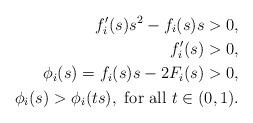
LaTeX: \begin{align*}f_{i}'(s)s^{2}-f_{i}(s)s>0,\\f_{i}'(s)>0,\\\phi_{i}(s)=f_{i}(s)s-2F_{i}(s)>0,\\\phi_{i}(s)>\phi_{i}(ts), \ \mbox{for all} \ t\in(0,1).\end{align*}